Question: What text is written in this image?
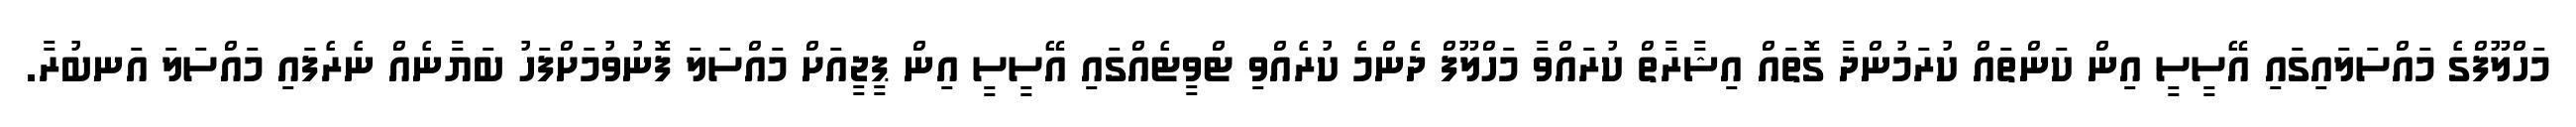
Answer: މަހްލޫފްގެ މައްސަލައިގައި އޭސީސީ އިން ކަންތައް ކުރަމުންދާ ގޮތައް އިޝާރާތް ކުރައްވާ މަހްލޫފް ދެންމެ ކުރެއްވި ޓްވީޓެއްގައި އޭސީސީ އިން ޕީޖީއަށް މައްސަލަ ފޮނުވުމަށްފަހު ބަޔާނެއް ނެރެފައި މައްސަލަ އަނބުރާ.